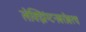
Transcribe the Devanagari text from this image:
लेक्झिंग्टनबरोबरच